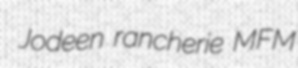
Jodeen rancherie MFM